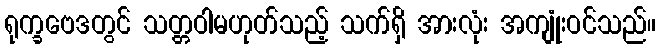
ရုက္ခဗေဒတွင် သတ္တဝါမဟုတ်သည့် သက်ရှိ အားလုံး အကျုံးဝင်သည်။